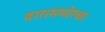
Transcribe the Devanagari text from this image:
दारासमोरचा